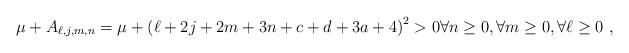
LaTeX: \begin{align*}\mu +A_{\ell,j,m,n}=\mu +\left(\ell+2 j + 2 m + 3 n + c + d + 3 a + 4 \right)^{2}>0 \forall n\geq 0, \forall m\geq 0, \forall \ell \geq 0 \ , \end{align*}